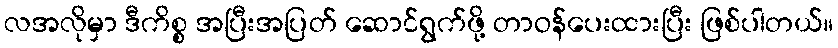
လအလိုမှာ ဒီကိစ္စ အပြီးအပြတ် ဆောင်ရွက်ဖို့ တာဝန်ပေးထားပြီး ဖြစ်ပါတယ်။